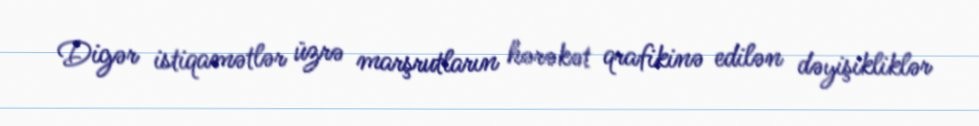
Digər istiqamətlər üzrə marşrutların hərəkət qrafikinə edilən dəyişikliklər